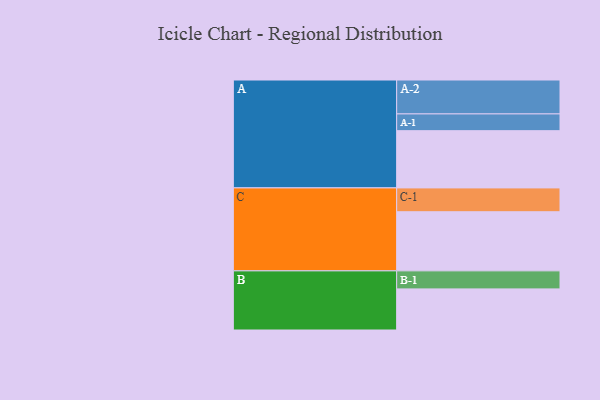
{"axis": {"x": "Segment", "y": "Value"}, "legend": ["", "A", "B", "C"], "data": [{"x": "A", "y": 454, "type": ""}, {"x": "B", "y": 326, "type": ""}, {"x": "C", "y": 469, "type": ""}, {"x": "A-1", "y": 133, "type": "A"}, {"x": "A-2", "y": 269, "type": "A"}, {"x": "B-1", "y": 143, "type": "B"}, {"x": "C-1", "y": 189, "type": "C"}]}